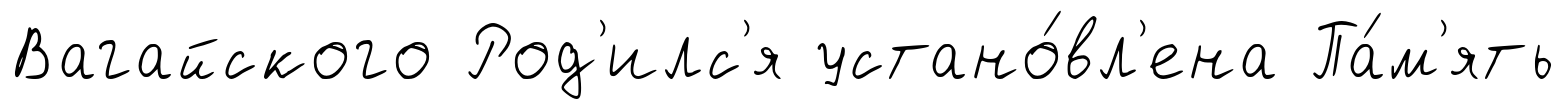
Вагайского Род'илс'я устано́вл'ена Па́м'ять